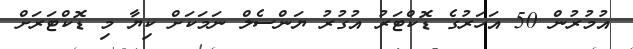
އުމުރުން 50 އަހަރުގެ ޑޮކްޓަރު އުގުރު ޔަންސެލް ނަމަކަށް ކިޔާ މި ޑޮކްޓަރަށް